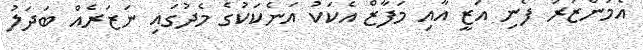
އެމަންޒަރު ފެނި އަޒީ އާއި މަފާޒް އެކަކު އަނެކަކުގެ މެދުގައި ނަޒަރެއް ބަދަލު